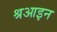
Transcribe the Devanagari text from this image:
श्रआइन